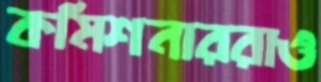
কমিশনাররাও